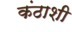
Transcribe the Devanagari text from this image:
कंठाशी